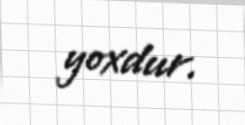
yoxdur.